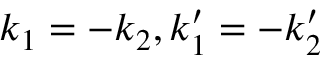
{ k } _ { 1 } = - { k } _ { 2 } , { k } _ { 1 } ^ { \prime } = - { k } _ { 2 } ^ { \prime }